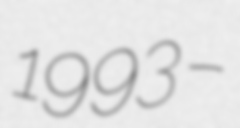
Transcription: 1993 –